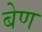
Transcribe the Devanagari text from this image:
बेण